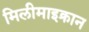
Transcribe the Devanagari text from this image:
मिलीमाइक्रान